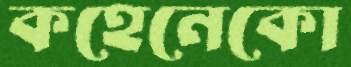
কহেনেকো